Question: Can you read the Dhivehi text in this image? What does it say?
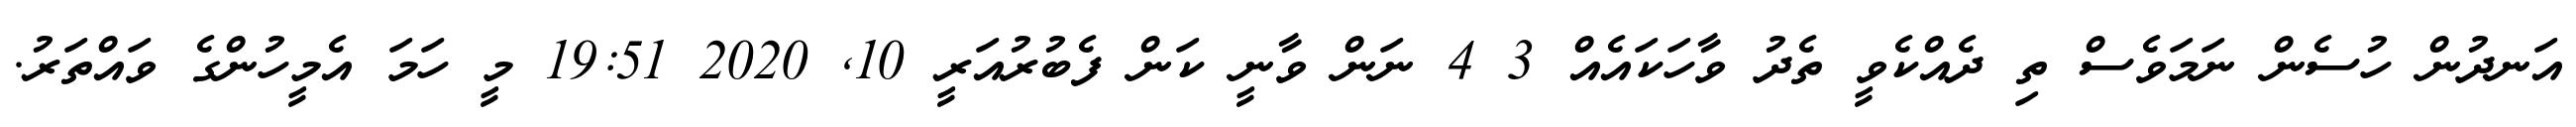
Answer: އަނދުން ހުސެން ނަމަވެސް ތި ދެއްކެވީ ތެދު ވާހަކައެއް 3 4 ނަން ވާނީ ކަން ފެބުރުއަރީ 10, 2020 19:51 މީ ހަމަ އެމީހުންގެ ވައްތަރު.